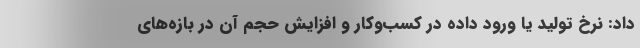
داد: نرخ تولید یا ورود داده در کسب‌و‌کار و افزایش حجم آن در بازه‌های